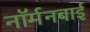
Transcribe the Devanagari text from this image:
नॉर्मनबाई